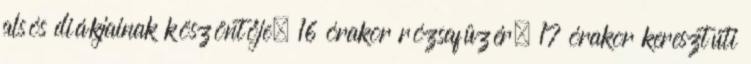
alsós diákjainak köszöntője, 16 órakor rózsafüzér, 17 órakor keresztúti